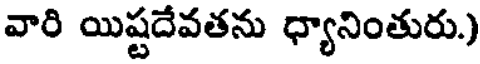
వారి యిష్టదేవతను ధ్యానింతురు.)